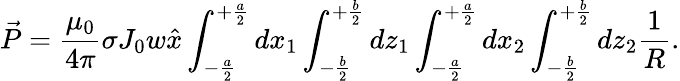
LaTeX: \vec{P}=\frac{\mu_{0}}{4\pi}\sigma J_{0}w\hat{x}\int_{-\frac{a}{2}}^{+\frac{a}{2}}dx_{1}\int_{-\frac{b}{2}}^{+\frac{b}{2}}dz_{1}\int_{-\frac{a}{2}}^{+\frac{a}{2}}dx_{2}\int_{-\frac{b}{2}}^{+\frac{b}{2}}dz_{2}\frac{1}{R}.